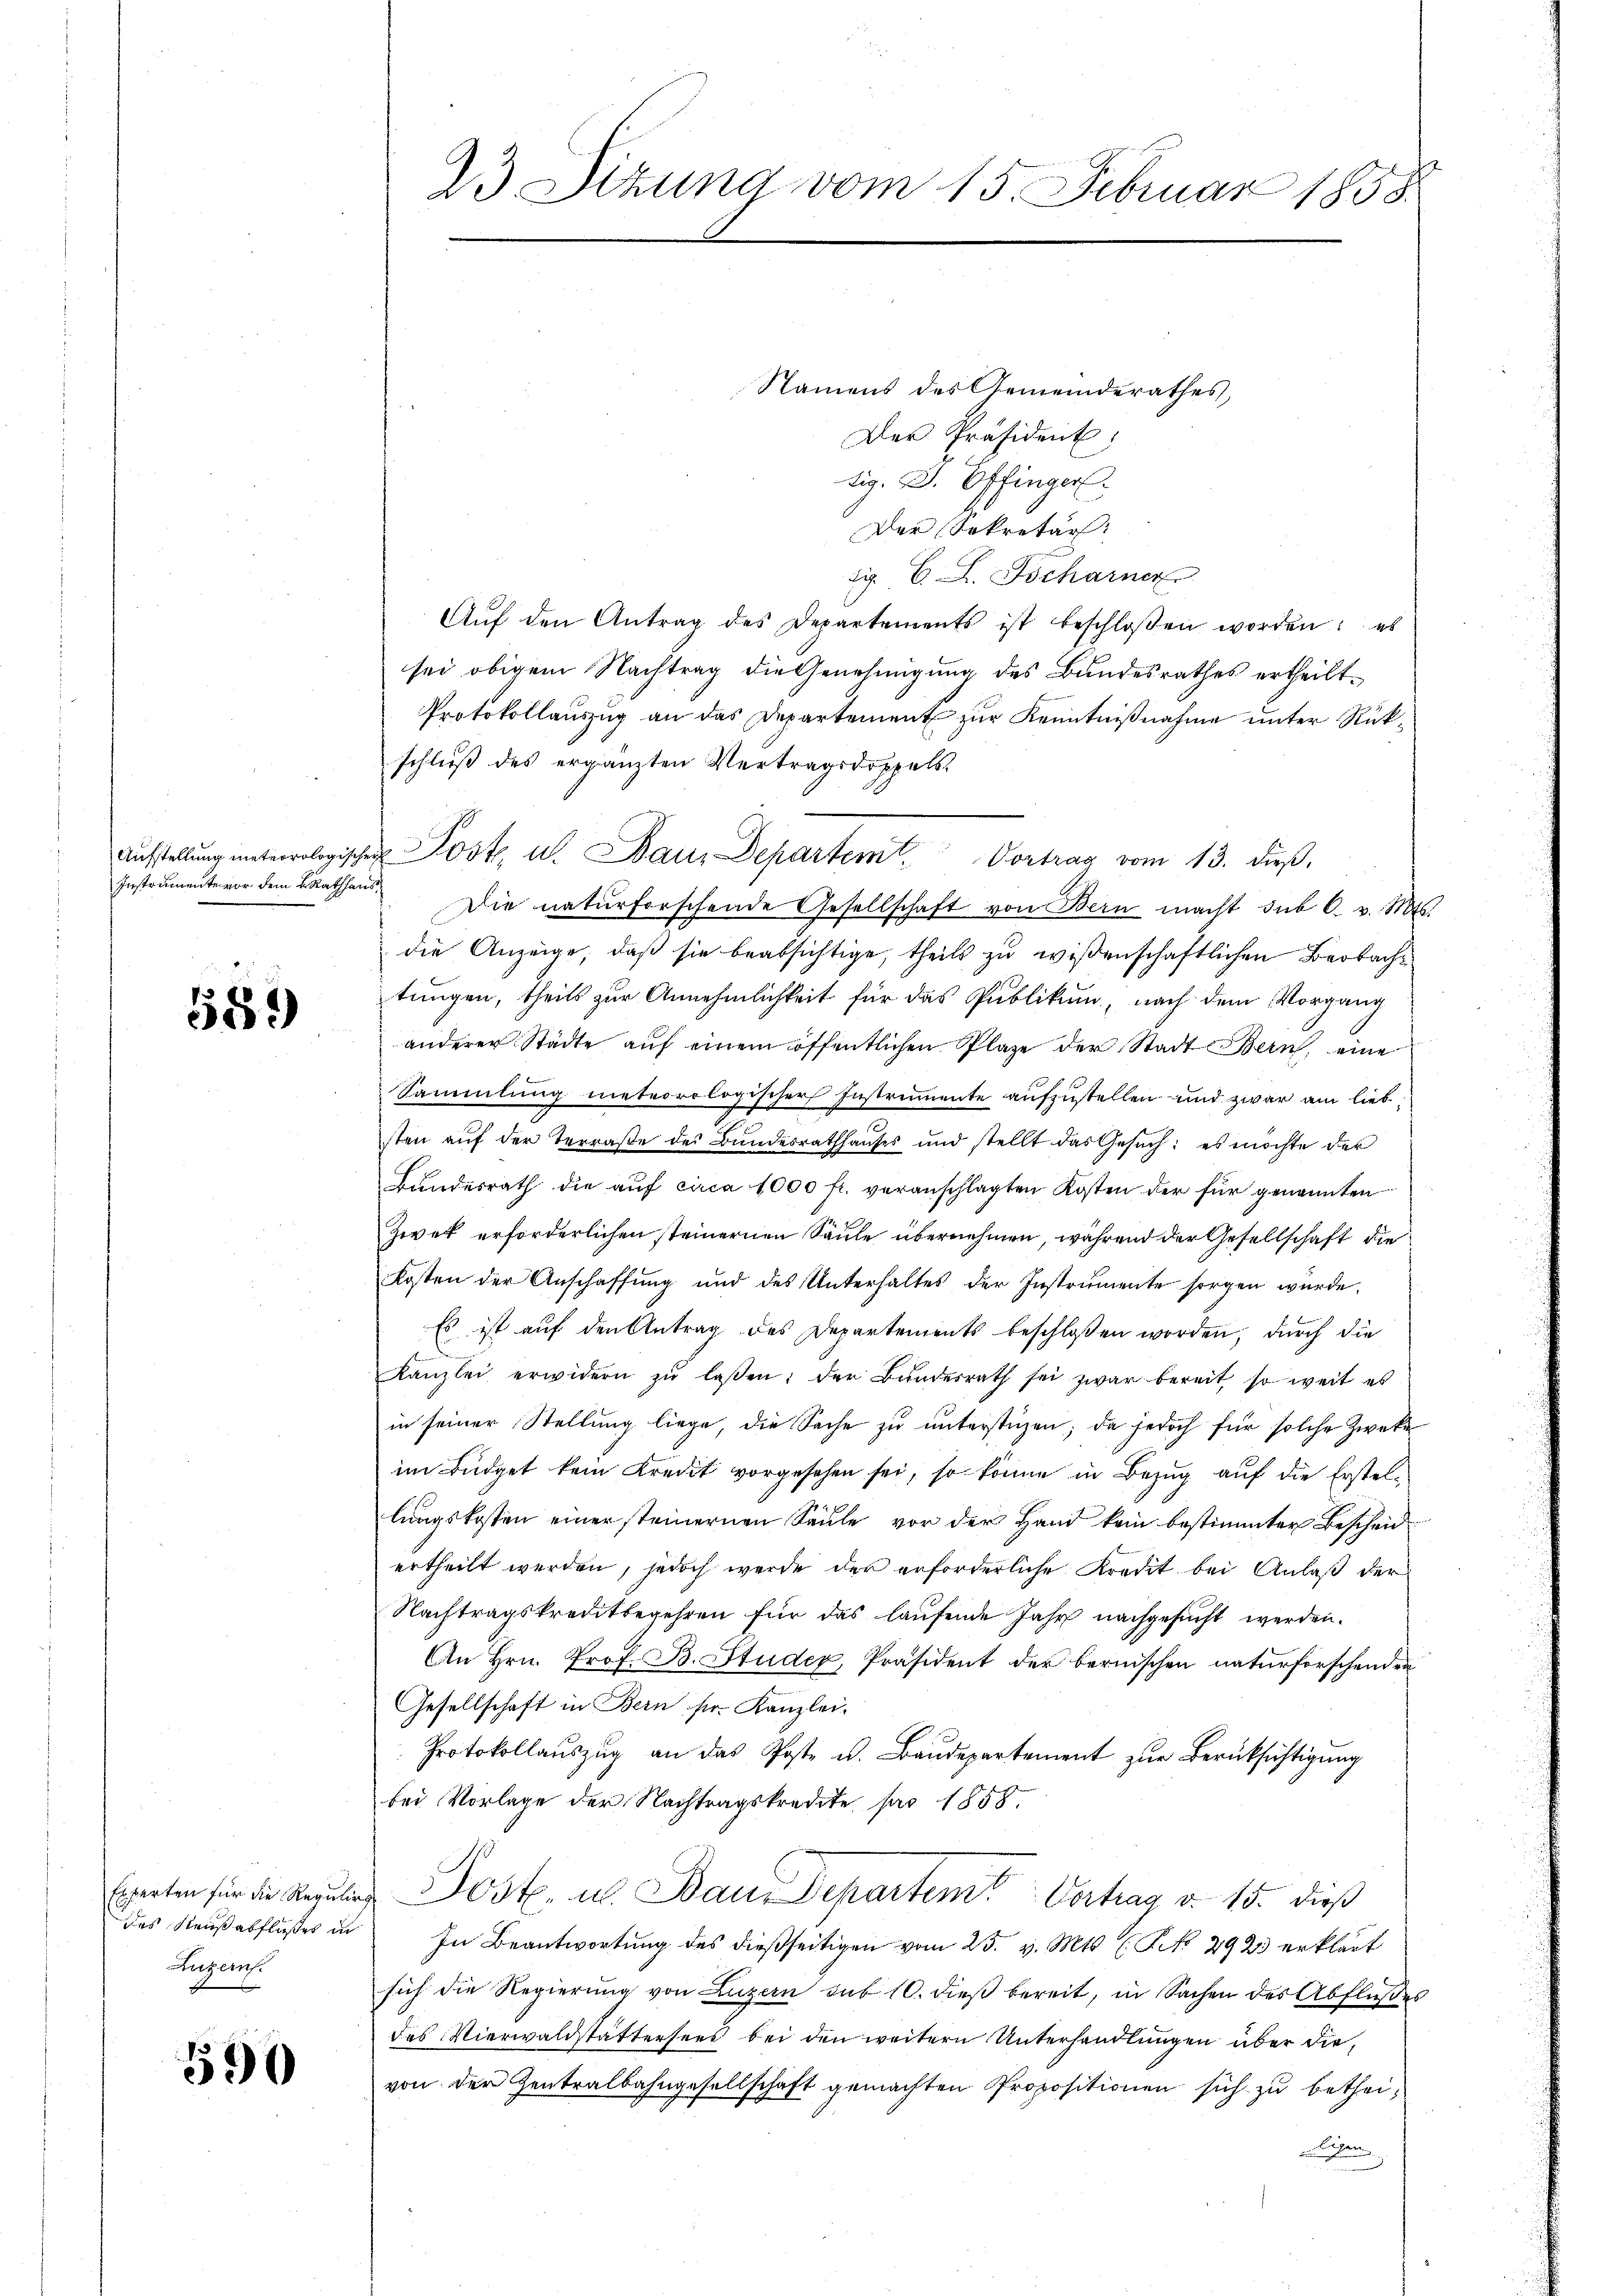
Aufstellung meteorologisch
Instrumente vor dem K. Rathha

589

Experten für die Regulir
des Haußabflußes in
Luzern.

590

Namens des Gemeinderathes,
Der Präsident:
tig. D. Offinger
Der Sekretär:
di. C. S. Tscharner
Aŭf den Antrag des Departements ist beschloßen worden: es
sei obigem Nachtrag die Genehmigung des Bundesrathes ertheilt.
Protokollauszug an das Departement zur Kenntnißnahme unter Rückschluß des ergänzten Vertragsdoppels
Die naturforschende Gesellschaft von Bern macht sub 6. v. Mts.
die Anzeige, daß sie beabsichtige, theils zu wißenschaftlichen Beobachtungen, theils zur Annehmlichkeit für das Publikum, nach dem Vorgang
anderer Städte auf einem öffentlichen Plaze der Stadt Bern, eine
Sammlung meteorologischer Instrumente aufzustellen und zwar am liebt
sten auf der Terraße des Bundesrathhaŭses und stellt das Gesŭch: es möchte der
Bŭndesrath die aŭf circa 1000 fr. veranschlagten Kosten der für genannten
Zwek erforderlichen steinernen Säule übernehmen, während der Gesellschaft die
Kosten der Anschaffung und des Unterhaltes der Instrumente sorgen wurde.
Es ist auf den Antrag des Departements beschloßen worden, durch die
.
Kanzlei erwidern zŭ lassen: der Bundesrath sei zwar bereit so weit es
in seiner Stellung liege, die Sache zŭ ŭnterstüzen; da jedoch für solche Zweke
im Büdget kein Kredit vorgesehen sei, so könne in Bezug auf die Erstellungskosten einer steinernen Säule vor der Hand kein bestimmter Bescheid
ertheilt werden, jedoch werde der erforderliche Kredit bei Anlaß der
Nachtragskreditbegehren für das laufende Jahr nachgesucht werden.
An Hrn. Prof. B. Studer, Präsident der bernischen naturforschenden
Gesellschaft in Bern ser Kanzlei-
Protokollaŭszŭg an das Poste u. Baŭdepartement zŭr Berücksichtigung
bei Vorlage der Nachtragskredite pro 1858.
Jost, u. Baur Departem Vertrag v. 15. dieß
In Beantwortung des dießseitigen vom 25. v. Mts. (T. 292 erklärt
sich die Regierŭng von Luzern sub 10. dieß bereit, in Sachen des Abflußes
des Vierwaldstättersees bei den weitern Unterhandlungen über die
von der Zentralbahngesellschaft gemachten Propositionen sich zu betheileigen

23 Sitzung vom 15. Februar 1858

u Post, u. Dans Departem Vortrag vom 13. dβ.